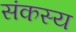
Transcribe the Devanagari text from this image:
संकस्य